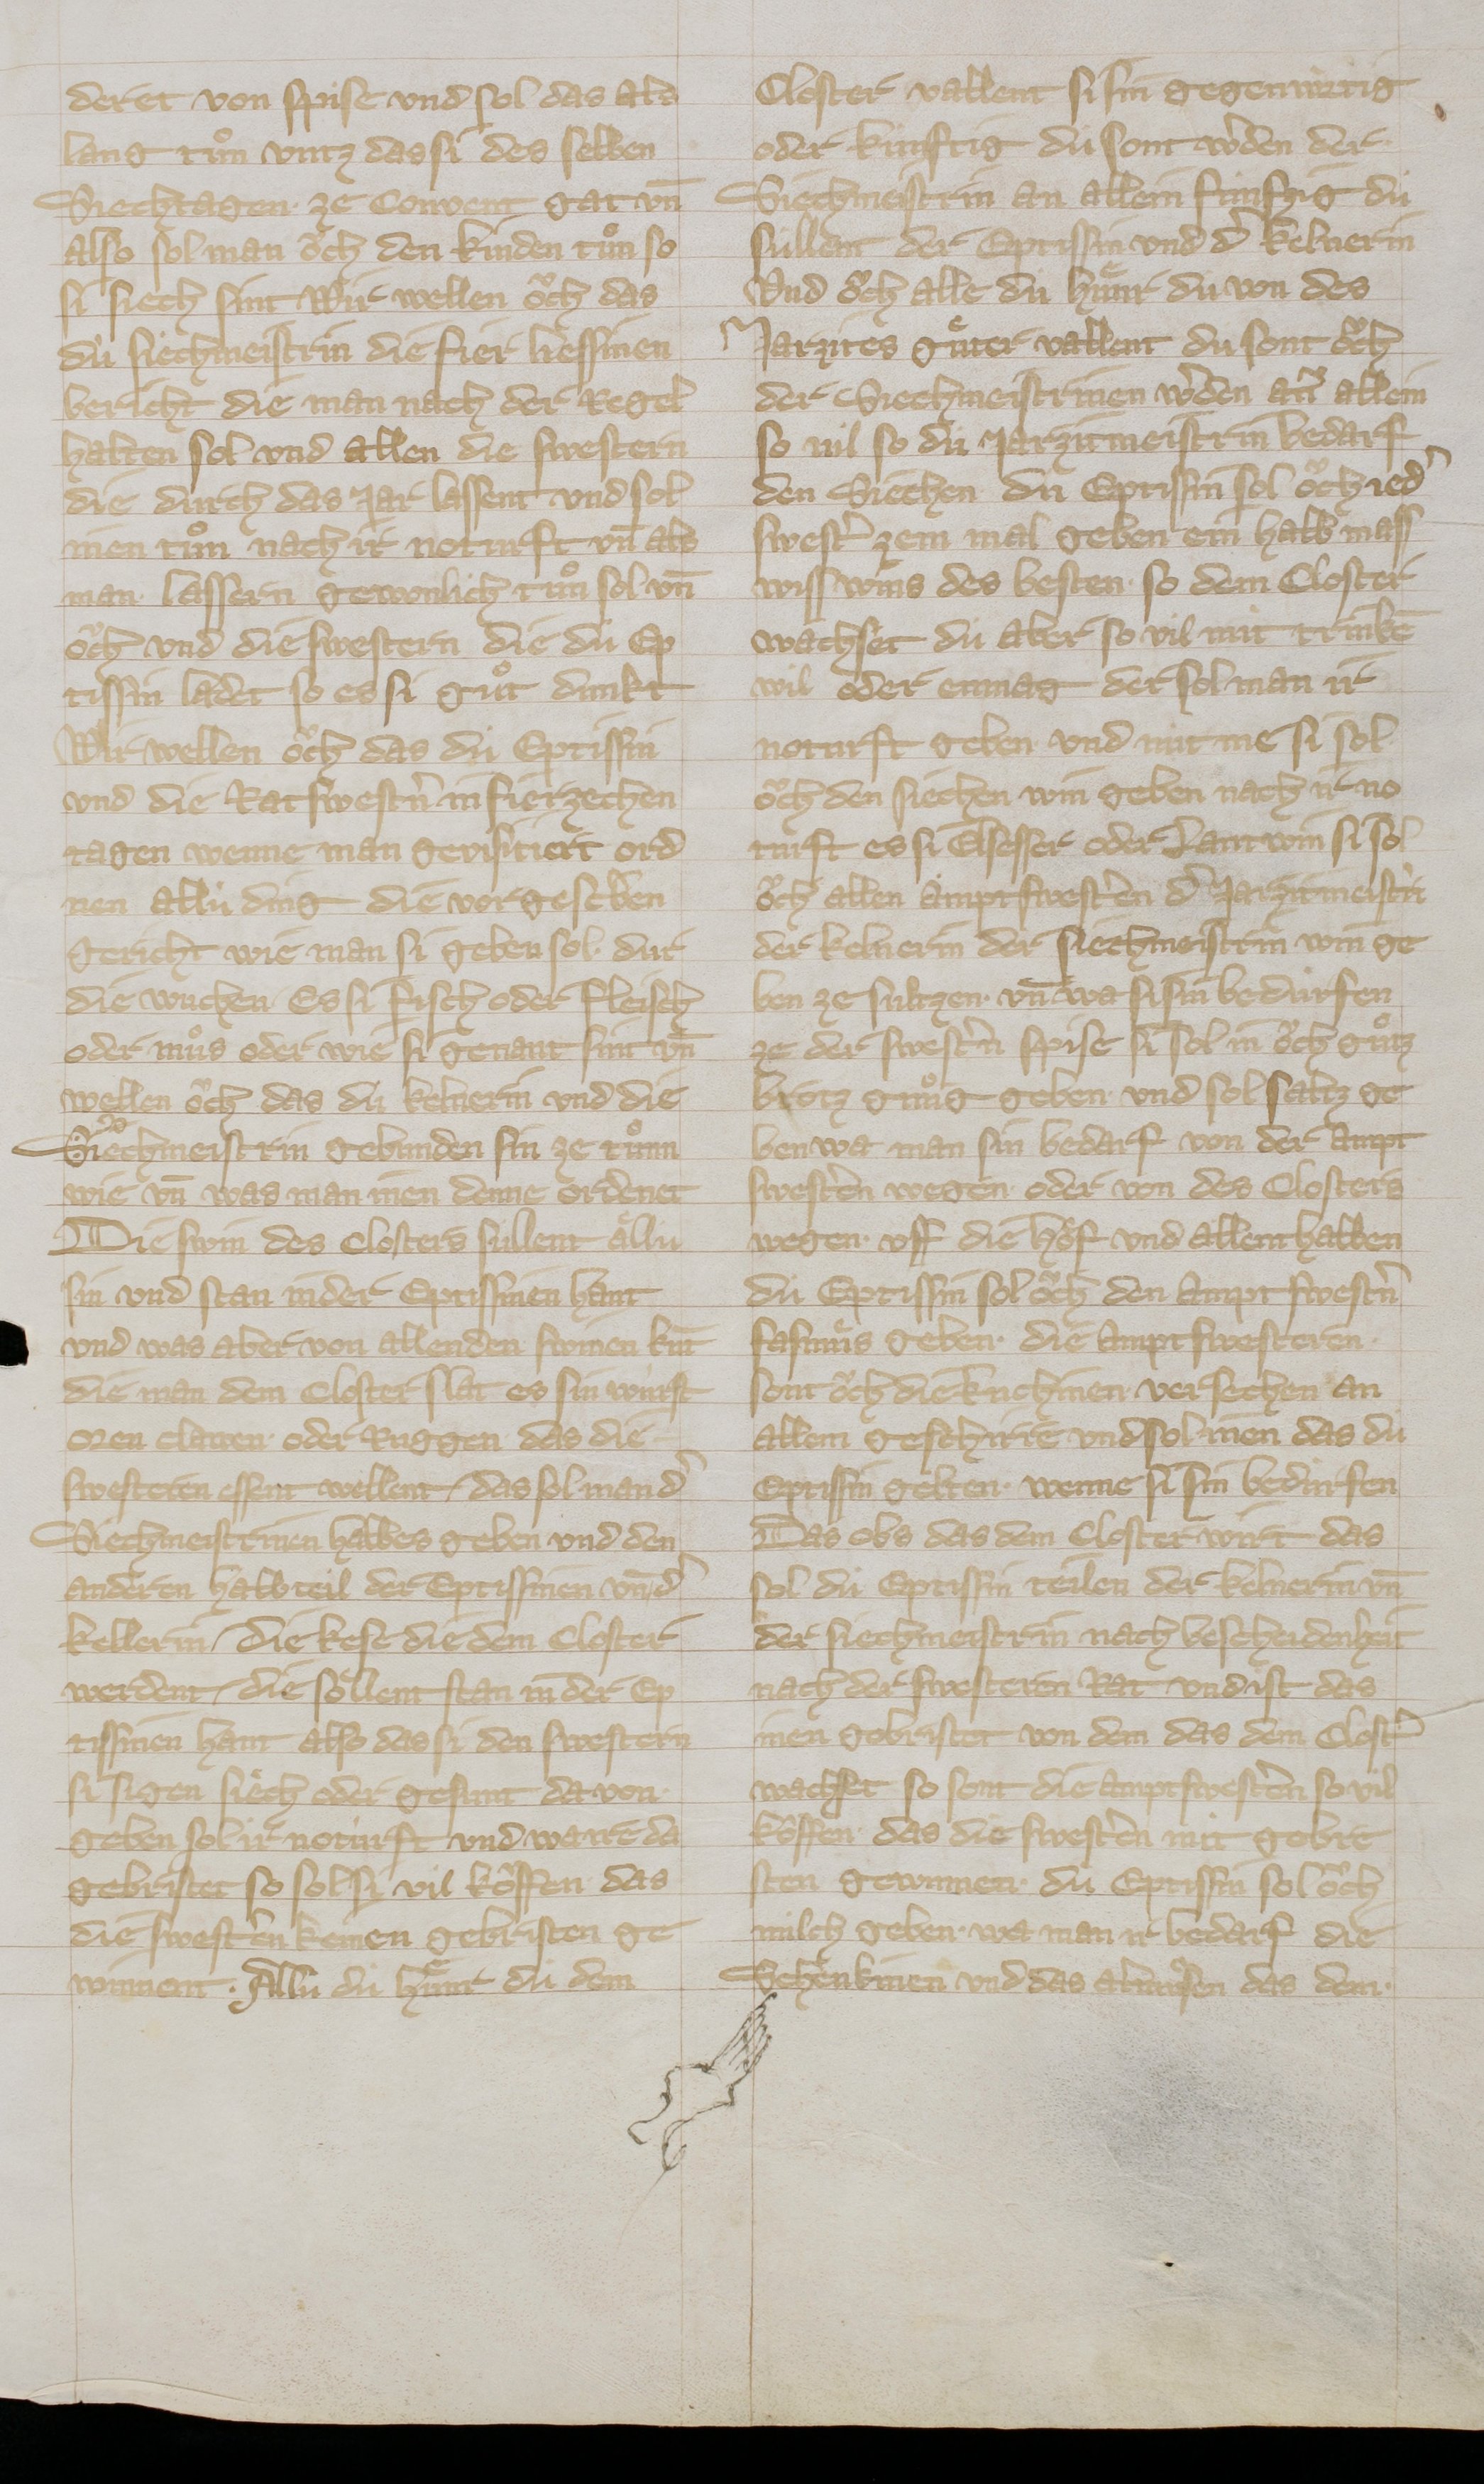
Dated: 1320–1345